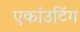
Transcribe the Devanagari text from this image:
एकांउटिंग